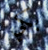
بكي